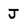
Character: J